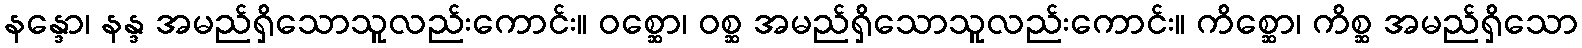
နန္ဒော၊ နန္ဒ အမည်ရှိသောသူလည်းကောင်း။ ဝစ္ဆော၊ ဝစ္ဆ အမည်ရှိသောသူလည်းကောင်း။ ကိစ္ဆော၊ ကိစ္ဆ အမည်ရှိသော